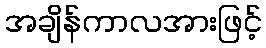
အချိန်ကာလအားဖြင့်